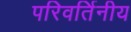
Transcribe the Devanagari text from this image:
परिवर्तिनीय